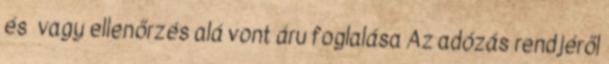
és vagy ellenőrzés alá vont áru foglalása Az adózás rendjéről